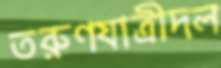
তরুণযাত্রীদল